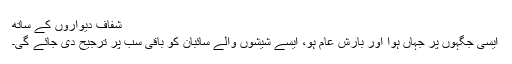
شفاف دیواروں کے ساتھ
ایسی جگہوں پر جہاں ہوا اور بارش عام ہو، ایسے شیشوں والے سائبان کو باقی سب پر ترجیح دی جائے گی۔